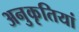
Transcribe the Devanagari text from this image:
अनुकृतियां